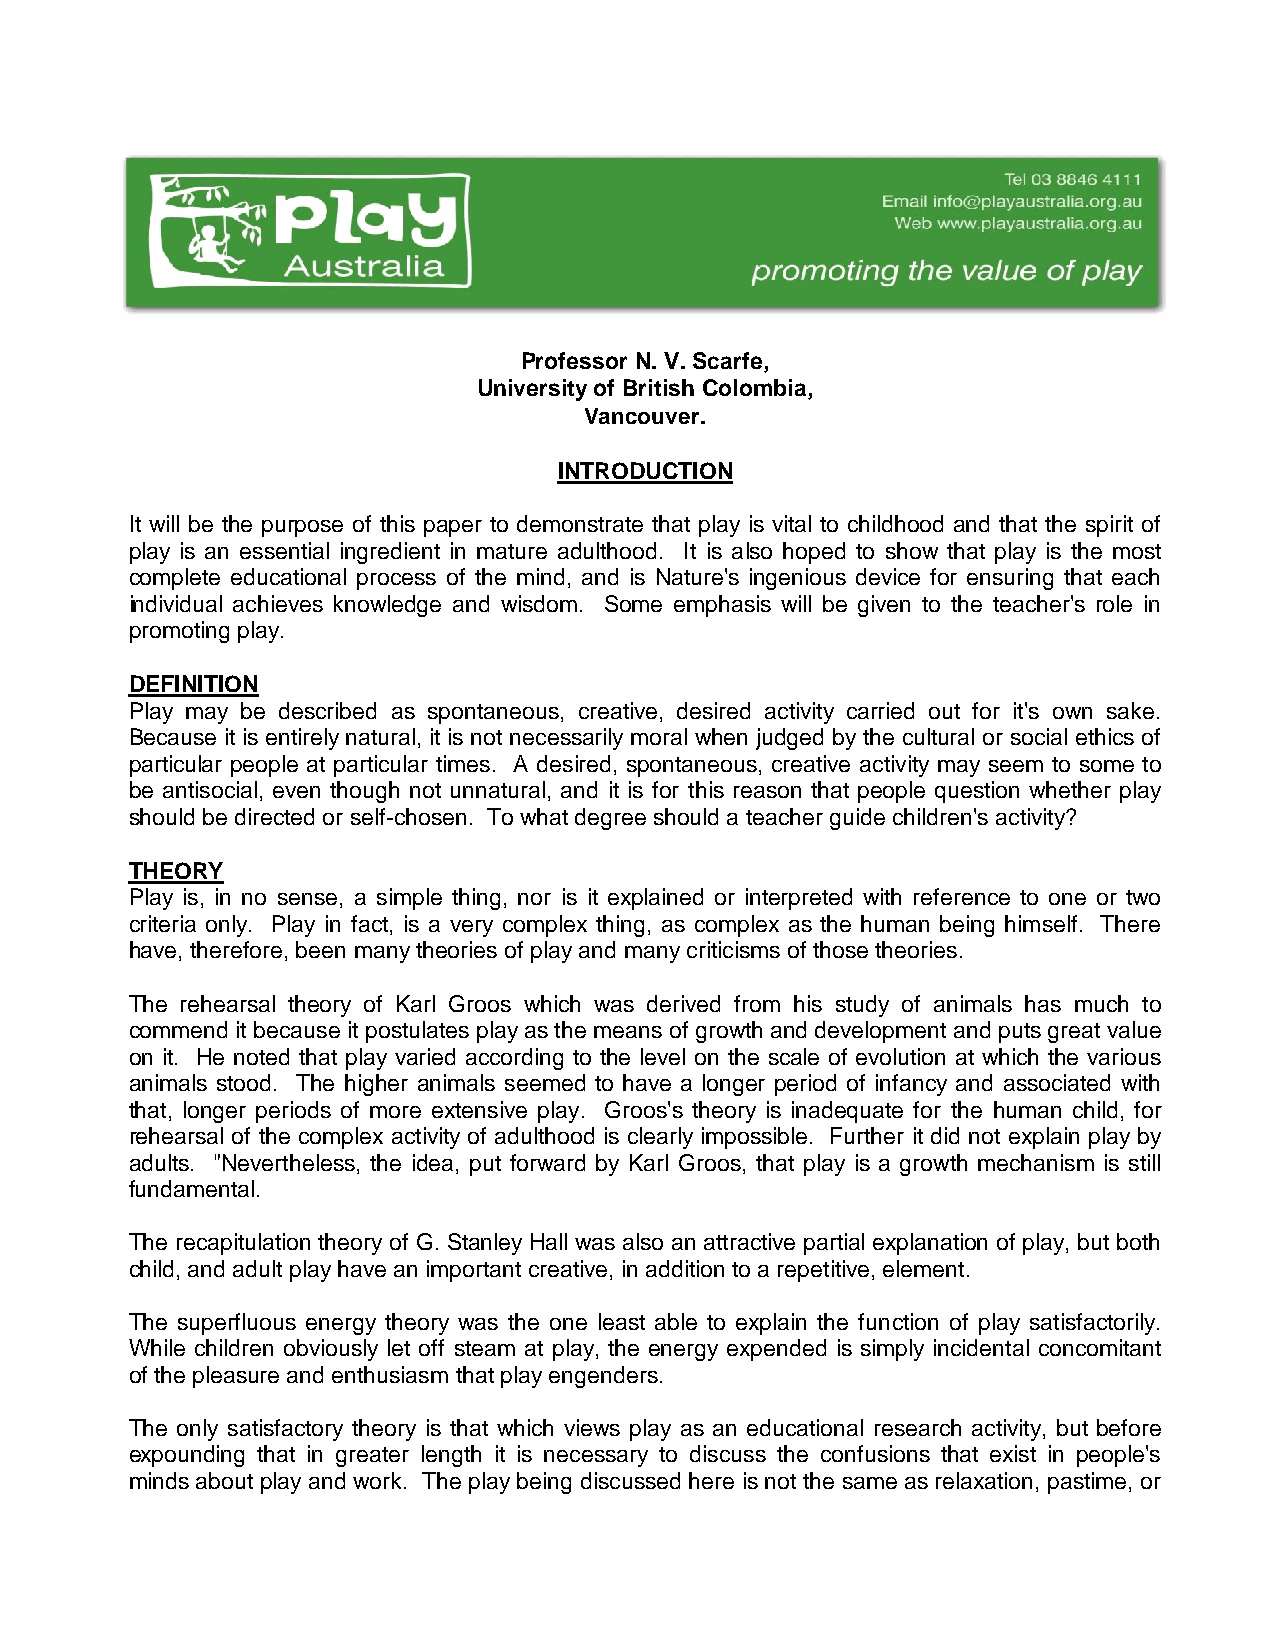
Professor N. V. Scarfe,
 University of British Colombia,
 Vancouver.
 INTRODUCTION
 It will be the purpose of this paper to demonstrate that play is vital to childhood and that the spirit of
 play is an essential ingredient in mature adulthood. It is also hoped to show that play is the most
 complete educational process of the mind, and is Nature's ingenious device for ensuring that each
 individual achieves knowledge and wisdom. Some emphasis will be given to the teacher's role in
 promoting play.
 DEFINITION
 Play may be described as spontaneous, creative, desired activity carried out for it's own sake.
 Because it is entirely natural, it is not necessarily moral when judged by the cultural or social ethics of
 particular people at particular times. A desired, spontaneous, creative activity may seem to some to
 be antisocial, even though not unnatural, and it is for this reason that people question whether play
 should be directed or self-chosen. To what degree should a teacher guide children's activity?
 THEORY
 Play is, in no sense, a simple thing, nor is it explained or interpreted with reference to one or two
 criteria only. Play in fact, is a very complex thing, as complex as the human being himself. There
 have, therefore, been many theories of play and many criticisms of those theories.
 The rehearsal theory of Karl Groos which was derived from his study of animals has much to
 commend it because it postulates play as the means of growth and development and puts great value
 on it. He noted that play varied according to the level on the scale of evolution at which the various
 animals stood. The higher animals seemed to have a longer period of infancy and associated with
 that, longer periods of more extensive play. Groos's theory is inadequate for the human child, for
 rehearsal of the complex activity of adulthood is clearly impossible. Further it did not explain play by
 adults. "Nevertheless, the idea, put forward by Karl Groos, that play is a growth mechanism is still
 fundamental.
 The recapitulation theory of G. Stanley Hall was also an attractive partial explanation of play, but both
 child, and adult play have an important creative, in addition to a repetitive, element.
 The superfluous energy theory was the one least able to explain the function of play satisfactorily.
 While children obviously let off steam at play, the energy expended is simply incidental concomitant
 of the pleasure and enthusiasm that play engenders.
 The only satisfactory theory is that which views play as an educational research activity, but before
 expounding that in greater length it is necessary to discuss the confusions that exist in people's
 minds about play and work. The play being discussed here is not the same as relaxation, pastime, or